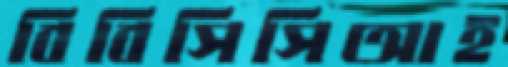
বিবিসিসিআই